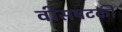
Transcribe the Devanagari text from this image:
वीसषटकी